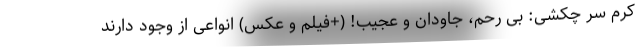
کرم سر چکشی: بی رحم، جاودان و عجیب! (+فیلم و عکس) انواعی از وجود دارند